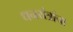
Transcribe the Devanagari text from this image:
धनयंत्रांचा